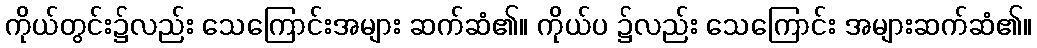
ကိုယ်တွင်း၌လည်း သေကြောင်းအများ ဆက်ဆံ၏။ ကိုယ်ပ ၌လည်း သေကြောင်း အများဆက်ဆံ၏။